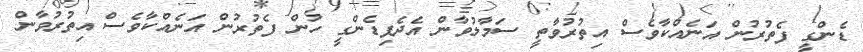
ޑެންގީ ފެތުރުން އަނެއްކާވެސް އިތުރުވާތީ ސަމާލުވާން އެދެފިޑެންގީ ހުން ފެތުރުން އަނެއްކާވެސް އިތުރުވާން